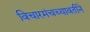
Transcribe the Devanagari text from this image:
विचारमंचच्यावतीने